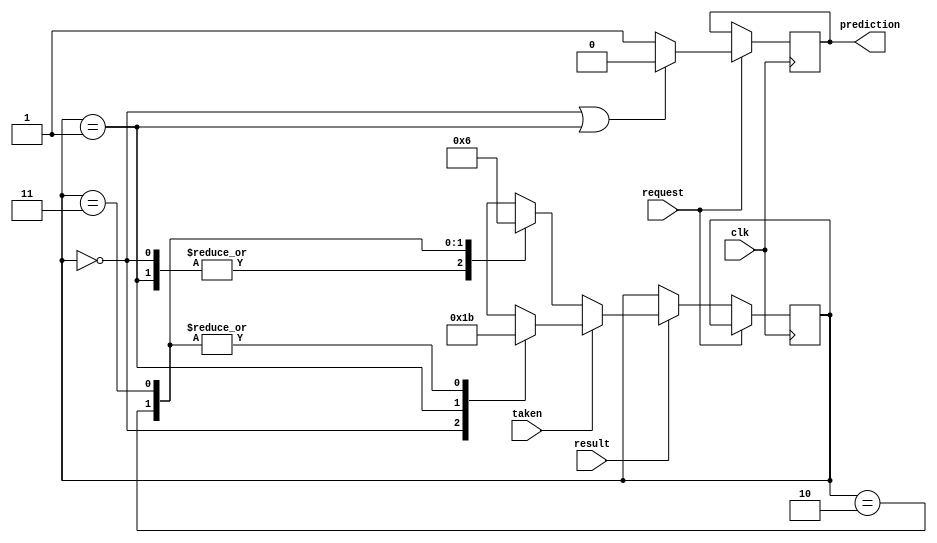
module predictor(input wire request, result, clk, taken, output reg prediction);

reg[1:0] state = 2'b11;

// Your code
always @(posedge clk) begin
    if (request) begin
        if (state == 2'b00 || state == 2'b01) begin
            prediction = 1'b0;    
        end else begin
            prediction = 1'b1;
        end
    end else if (result) begin
        if (taken) begin
            case (state)
                2'b00: state = 2'b01;
                2'b01: state = 2'b10;
                2'b10: state = 2'b11;
                2'b11: state = 2'b11;
            endcase
        end else begin
            case (state)
                2'b00: state = 2'b00;
                2'b01: state = 2'b00;
                2'b10: state = 2'b01;
                2'b11: state = 2'b10;
            endcase
        end
    end
end
endmodule